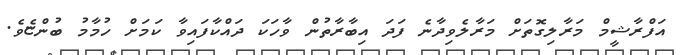
އަފްރާޝީމް މަރާލިގޮތަށް މަރާލެވިދާނެ ފަދަ އިބާރާތުން ވާހަކަ ދައްކާފައިވާ ކަމަށް ހުމާމު ބުންޏެވެ.